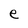
Character: e